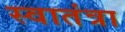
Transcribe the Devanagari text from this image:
स्वातंत्रा